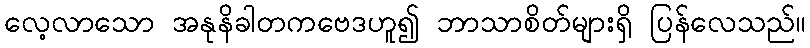
လေ့လာသော အနုနိခါတကဗေဒဟူ၍ ဘာသာစိတ်များရှိ ပြန်လေသည်။